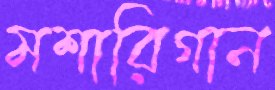
মশারিগান